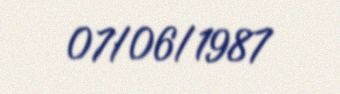
07/06/1987